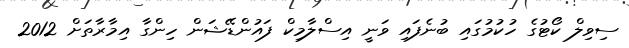
ސިވިލް ކޯޓުގެ ހުކުމުގައި ބުނެފައި ވަނީ އިސްލާމިކް ފައުންޑޭޝަން ހިންގާ އިމާރާތަށް 2012